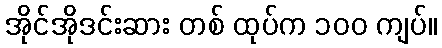
အိုင်အိုဒင်းဆား တစ် ထုပ်က ၁၀၀ ကျပ်။